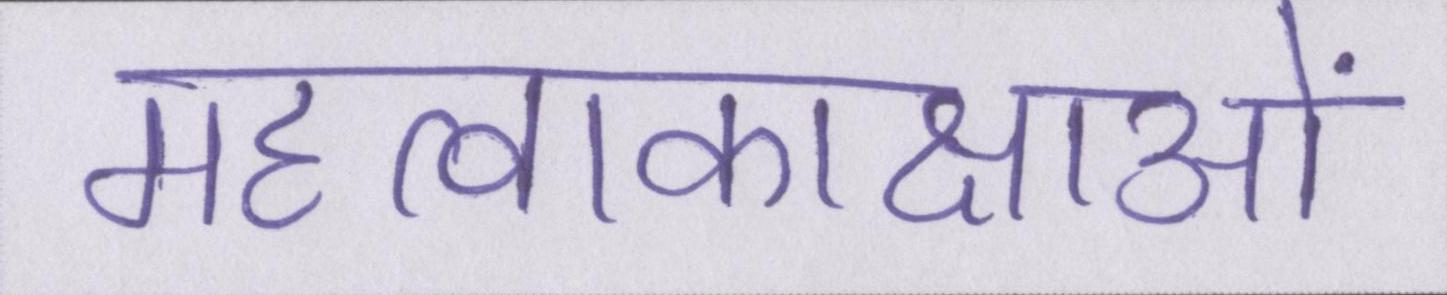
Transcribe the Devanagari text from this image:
महत्वाकाक्षाओं